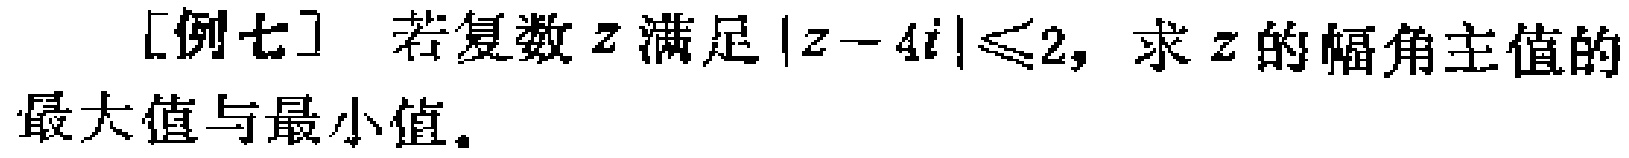
[例七] 若复数\(z\)满足\(\vert z - 4i\vert\leqslant2\)，求\(z\)的幅角主值的最大值与最小值。